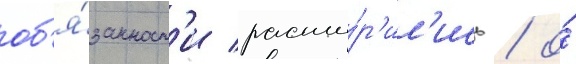
об'я́занност'и расши́р'ил'ись / о́